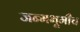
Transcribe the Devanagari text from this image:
जन्मभूमीच